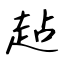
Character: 趈